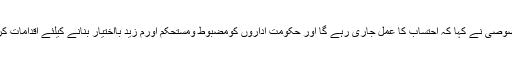
معاون خصوصی نے کہا کہ احتساب کا عمل جاری رہے گا اور حکومت اداروں کومضبوط ومستحکم اورم زید بااختیار بنانے کیلئے اقدامات کر رہی ہے